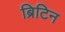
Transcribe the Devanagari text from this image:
ब्रिटिन